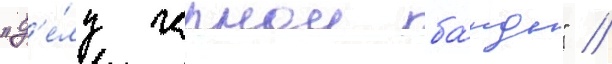
"д'е́лу чернои ба́нды" //